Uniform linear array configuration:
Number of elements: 8
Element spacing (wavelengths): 0.25
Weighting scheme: exponential
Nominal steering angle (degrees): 60
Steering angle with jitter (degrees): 59.954
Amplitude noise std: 0.05
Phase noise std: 0.05

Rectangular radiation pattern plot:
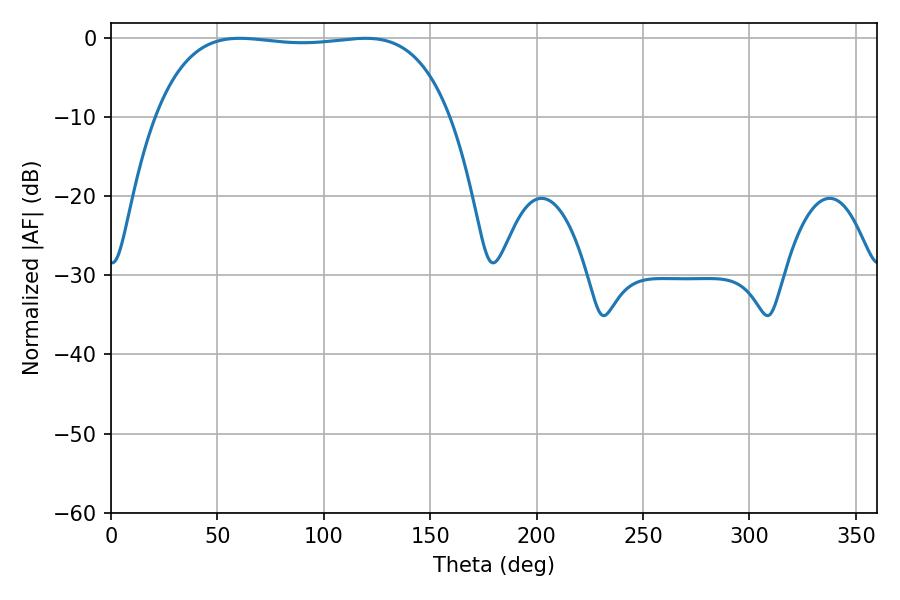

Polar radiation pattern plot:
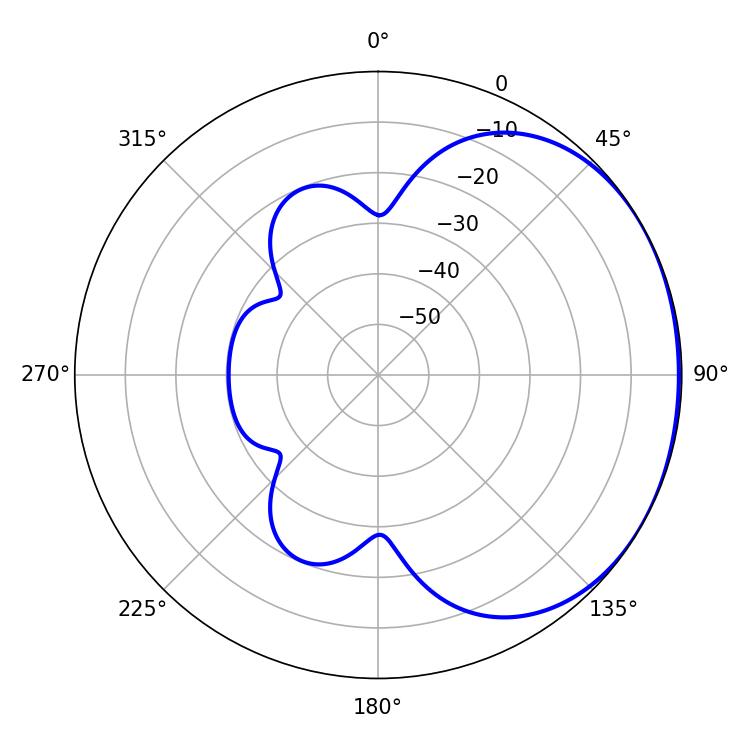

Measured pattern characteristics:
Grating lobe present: FALSE
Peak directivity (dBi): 1.127
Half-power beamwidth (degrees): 109.44
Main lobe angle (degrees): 60.48